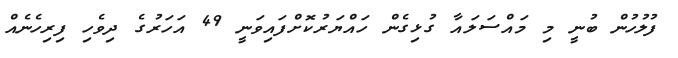
ފުލުހުން ބުނީ މި މައްސަލައާ ގުޅިގެން ހައްޔަރުކޮށްފައިވަނީ 49 އަހަރުގެ ދިވެހި ފިރިހެނެއް